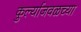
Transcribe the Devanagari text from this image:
कुर्ल्याजवळच्या